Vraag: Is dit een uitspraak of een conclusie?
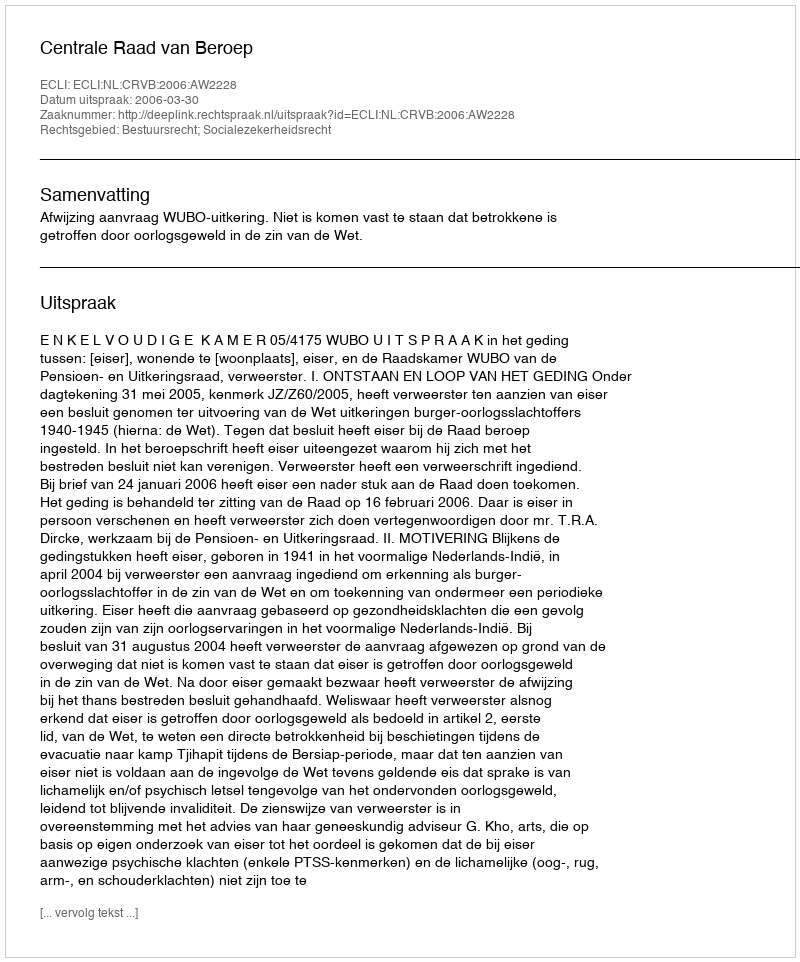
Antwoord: Uitspraak